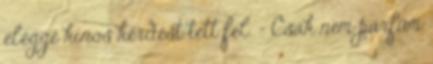
eléggé kínos kérdést tett fel. - Csak nem parfüm